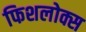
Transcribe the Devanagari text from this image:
फिशलोक्स